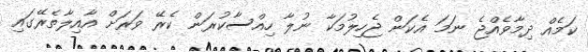
ކަމެއް ދިމާވެއްޖެ ނަމަ އެކަން ޖެހިލުމަކާ ނުލާ ހިއްސާކުރަން ކެރޭ ވަރަށް އާއިލާތެރޭގައި